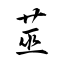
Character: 莁